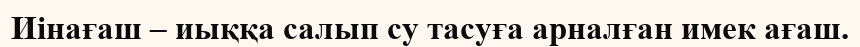
Иінағаш – иыққа салып су тасуға арналған имек ағаш.